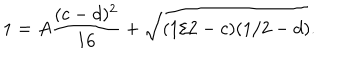
1 = A \frac { ( c - d ) ^ { 2 } } { 1 6 } + \sqrt { ( 1 / 2 - c ) ( 1 / 2 - d ) } .